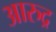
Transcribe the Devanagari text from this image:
आरुद्र